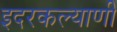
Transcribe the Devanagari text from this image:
इदरकल्याणी